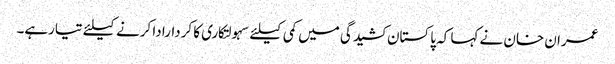
عمران خان نے کہا کہ پاکستان کشیدگی میں کمی کیلئے سہولتکاری کا کردارادا کرنے کیلئے تیارہے۔